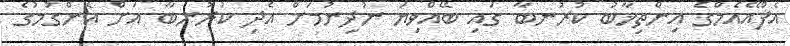
އެފްއޭއެމްގެ އިންތިޚާބު ކުރުނބާ ގައި ބޭއްވިޔަ ނުދިނުމަށް އެދި ކުރުނބާ އަށް އެންގުމުގެ